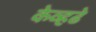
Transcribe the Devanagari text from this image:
केव्हढे